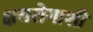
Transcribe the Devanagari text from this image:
क्षयरोगाशी